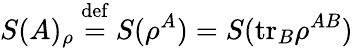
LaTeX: S(A)_{\rho}\ {\stackrel{\mathrm{def}}{=}}\ S(\rho^{A})=S(\mathrm{tr}_{B}\rho^{AB})